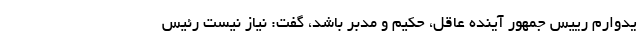
یدوارم رییس جمهور آینده عاقل، حکیم و مدبر باشد، گفت: نیاز نیست رئیس